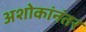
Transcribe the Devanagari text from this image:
अशोकांनंतर